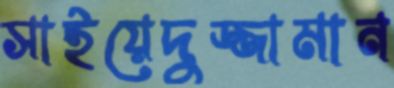
সাইয়েদুজ্জামান